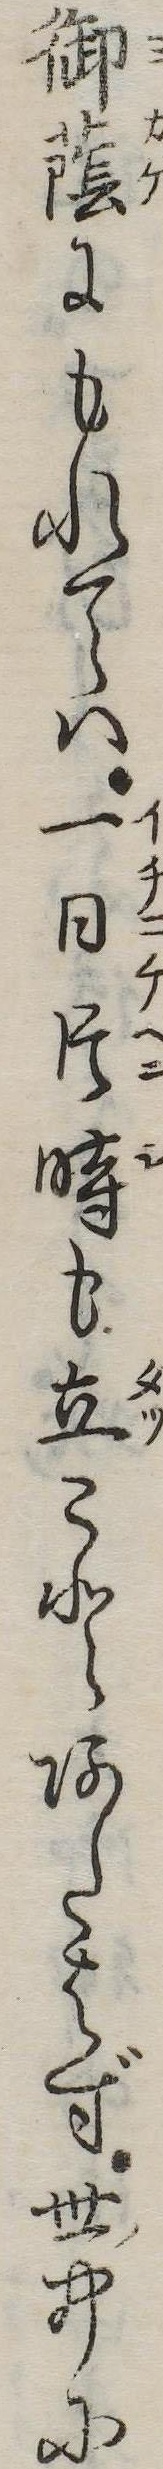
御蔭にもれては一日片時も立ことあたはず世中に